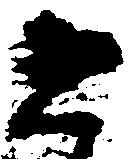
と